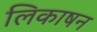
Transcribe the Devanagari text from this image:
लिकाषन